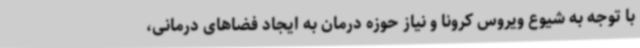
با توجه به شیوع ویروس کرونا و نیاز حوزه درمان به ایجاد فضاهای درمانی،